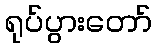
ရုပ်ပွားတော်